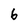
Character: 6